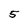
Character: 5